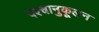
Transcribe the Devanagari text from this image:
पश्चानुकूलन